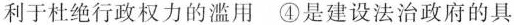
利于杜绝行政权力的滥用④是建设法治政府的具